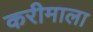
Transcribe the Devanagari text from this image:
करीमाला